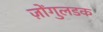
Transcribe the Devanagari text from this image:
ज़ोंगुलडक